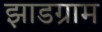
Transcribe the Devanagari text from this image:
झाडग्राम